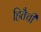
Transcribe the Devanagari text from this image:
हितैची